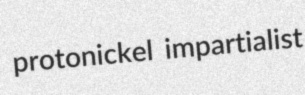
protonickel impartialist